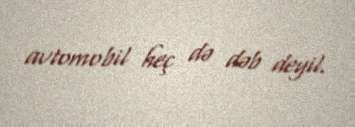
avtomobil heç də dəb deyil.